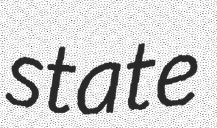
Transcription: state